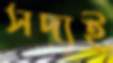
সদ্যই